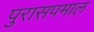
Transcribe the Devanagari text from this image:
पुरासपमाल